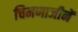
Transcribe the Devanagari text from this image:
चिमणाजीनें